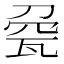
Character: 𤭀